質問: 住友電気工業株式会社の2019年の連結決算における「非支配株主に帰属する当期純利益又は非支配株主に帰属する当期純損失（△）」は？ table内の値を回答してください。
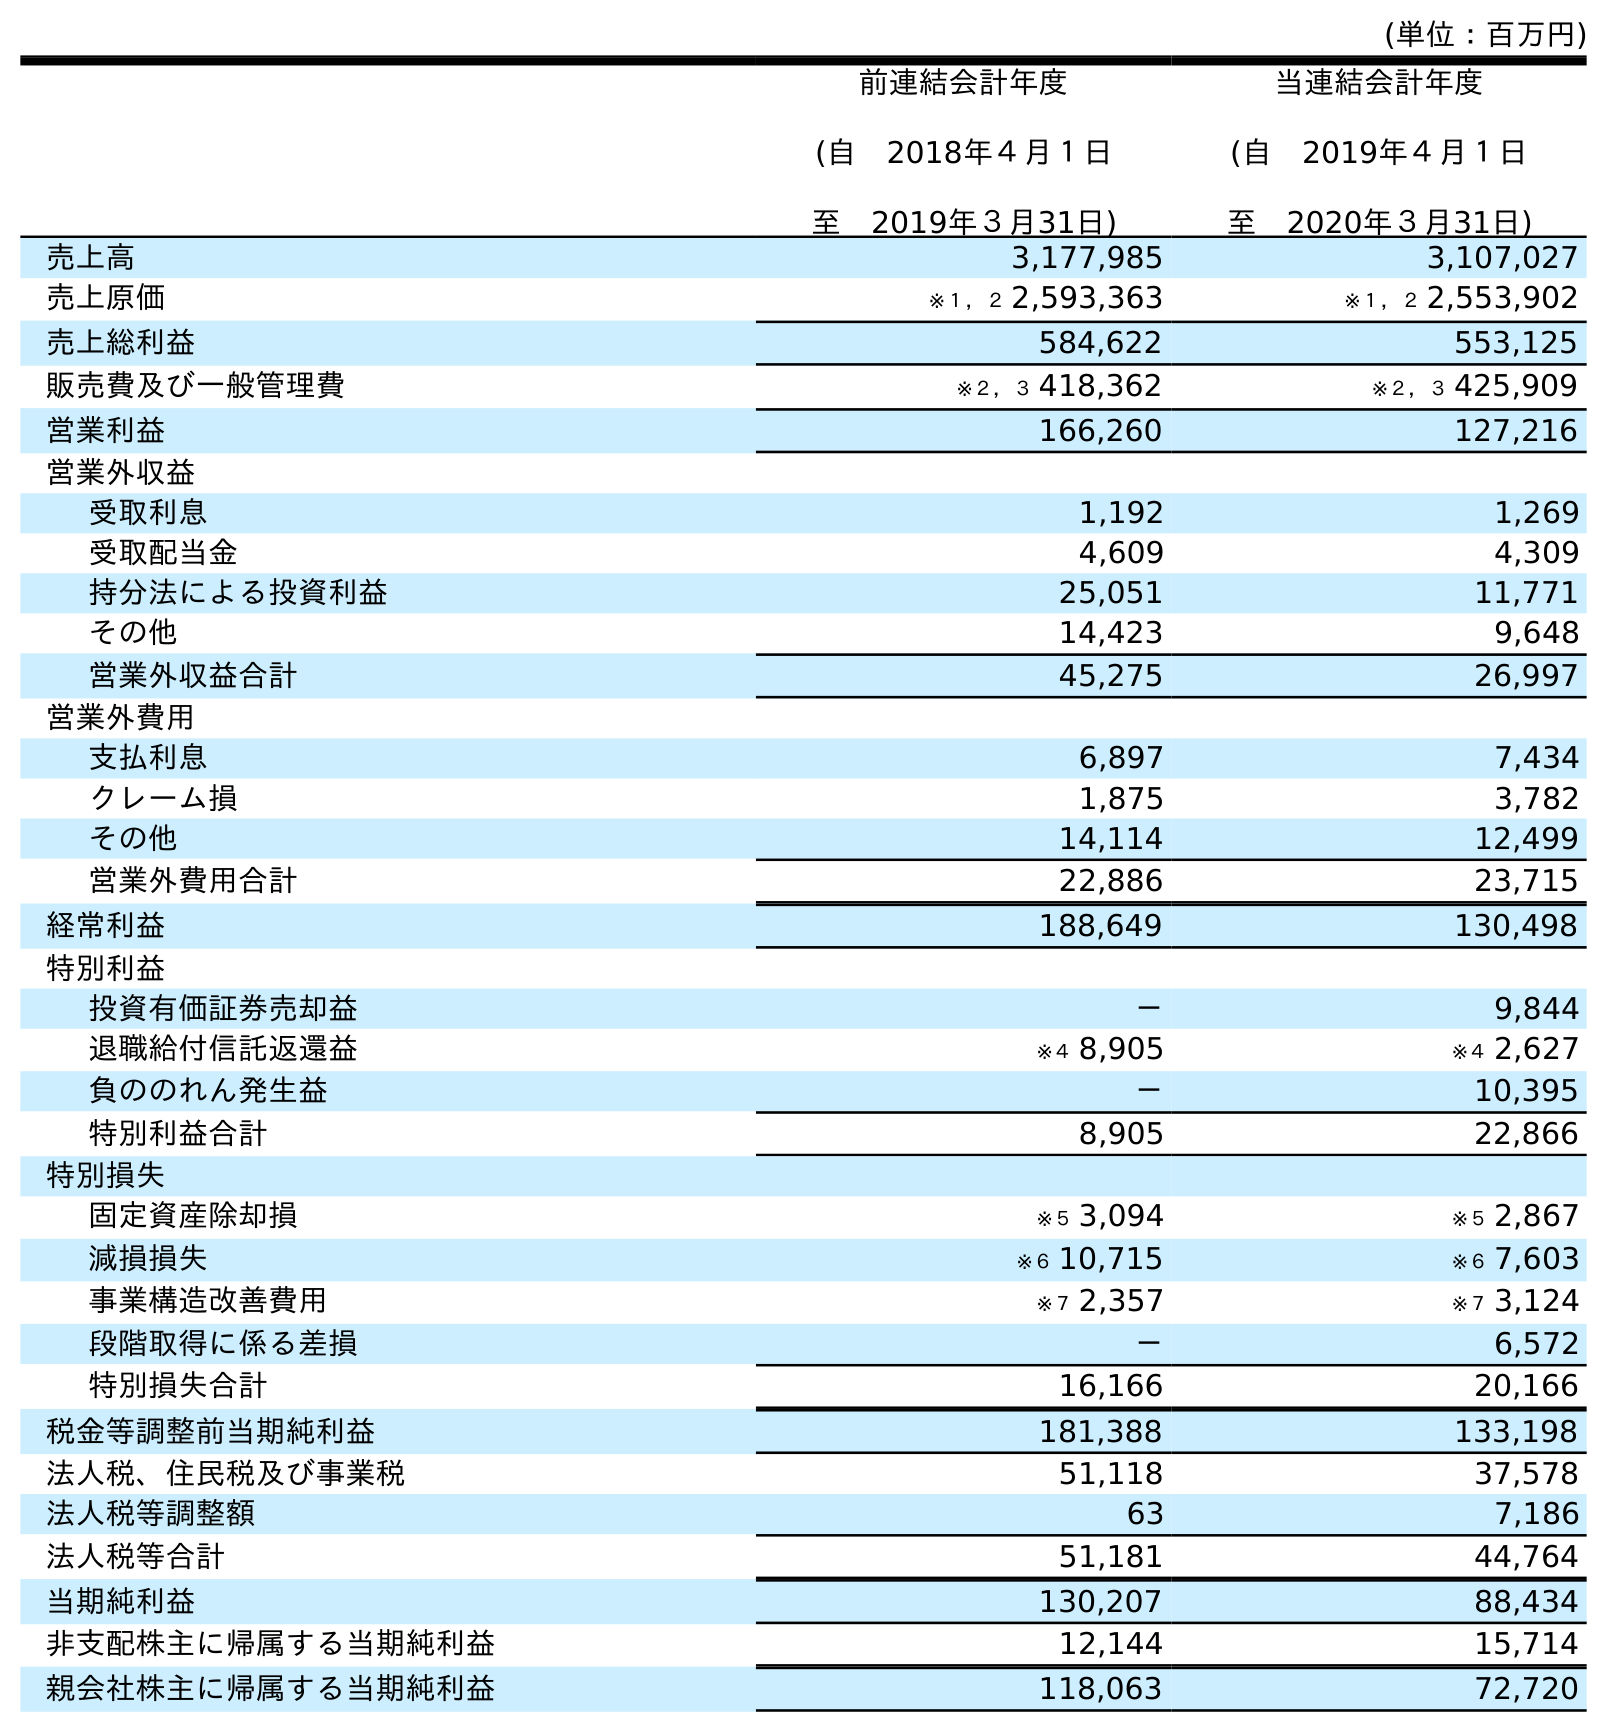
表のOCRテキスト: (単位：百万円) 前連結会計年度 (自 2018年４月１日 至 2019年３月31日) 当連結会計年度 (自 2019年４月１日 至 2020年３月31日) 売上高 3,177,985 3,107,027 売上原価 ※１，２ 2,593,363 ※１，２ 2,553,902 売上総利益 584,622 553,125 販売費及び一般管理費 ※２，３ 418,362 ※２，３ 425,909 営業利益 166,260 127,216 営業外収益 受取利息 1,192 1,269 受取配当金 4,609 4,309 持分法による投資利益 25,051 11,771 その他 14,423 9,648 営業外収益合計 45,275 26,997 営業外費用 支払利息 6,897 7,434 クレーム損 1,875 3,782 その他 14,114 12,499 営業外費用合計 22,886 23,715 経常利益 188,649 130,498 特別利益 投資有価証券売却益 － 9,844 退職給付信託返還益 ※４ 8,905 ※４ 2,627 負ののれん発生益 － 10,395 特別利益合計 8,905 22,866 特別損失 固定資産除却損 ※５ 3,094 ※５ 2,867 減損損失 ※６ 10,715 ※６ 7,603 事業構造改善費用 ※７ 2,357 ※７ 3,124 段階取得に係る差損 － 6,572 特別損失合計 16,166 20,166 税金等調整前当期純利益 181,388 133,198 法人税、住民税及び事業税 51,118 37,578 法人税等調整額 63 7,186 法人税等合計 51,181 44,764 当期純利益 130,207 88,434 非支配株主に帰属する当期純利益 12,144 15,714 親会社株主に帰属する当期純利益 118,063 72,720
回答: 12,144